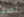
بطلا